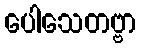
ပေါသေတဗ္ဗာ